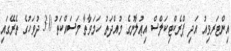
އިންޓަރވިއު އަދި ޕްރެކްޓިކަލްސް އިޢުލާނުގެ މުއްދަތު ހަމަވާތާ މަސައްކަތު 30 ދުވަހުގެ ތެރޭގައި